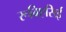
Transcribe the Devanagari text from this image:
रूबिएसिई